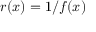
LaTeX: r ( x ) = 1 / f ( x )